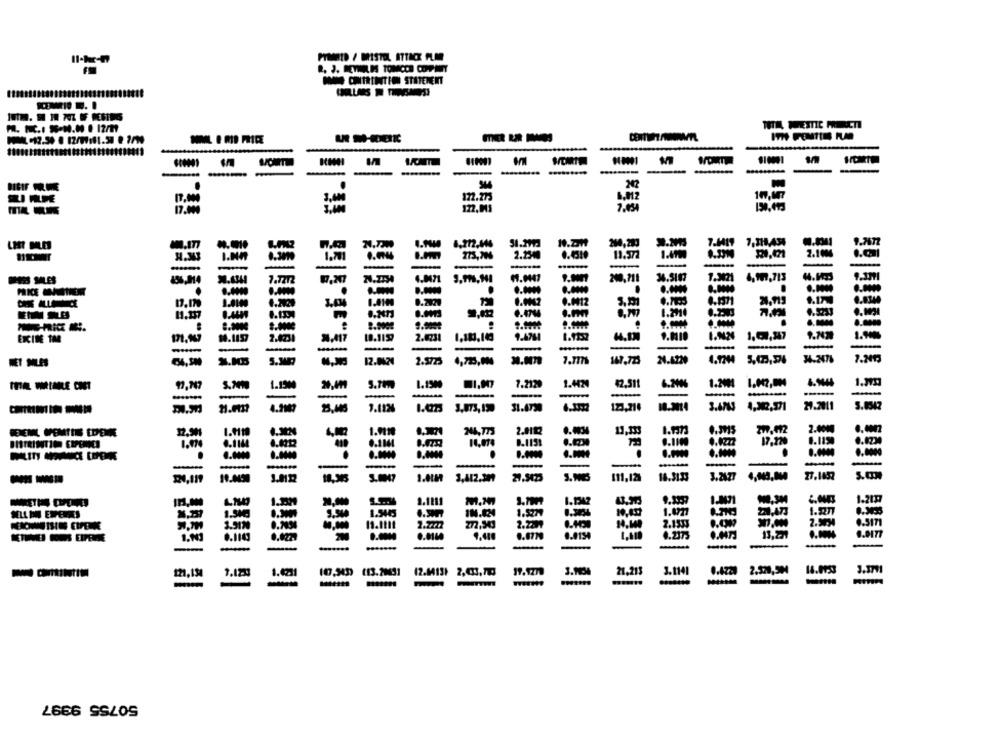
PTMANTD / BRISTEL ATTACK PLAN
MNOHO CONTRIBUTION STATEMENT
-------
-
-
-
----
172.273
8,012
17.004
8,212,446
7.1419
7.318,434
N.7
1.701
273,706
2.2340
0.4519
11.572
120,021
2.100
-
-
.......
4,197,713
7.7272
4.0471
240,711
4.2%
0.112
9.900₺
EXCIBE TM4
10.1157
2.5723
7.777
21.4229
1.4424
42.511
1.20
-
1.1124
J.073, 190
123.714
18.3014
3.47
12.9%1
2.0112
BERENL WEMTENS EDENNE
19 5
0.1151
4.0222
111.12)
27.1
--
14.3133
3.2477
1.4777
9.7H
2.1533
SI
4.2375
13.277
9.9177
1.1
0.114
--
1.123
(13.20431
12.1413) 2,3,710
19.9279
21,213
2.320,50
3.3771
121,134
1.6231
50755 9997